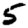
Digit: 5